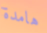
هامدة